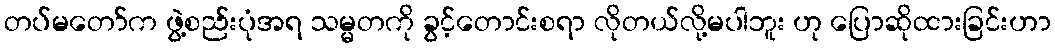
တပ်မတော်က ဖွဲ့စည်းပုံအရ သမ္မတကို ခွင့်တောင်းစရာ လိုတယ်လို့မပါဘူး ဟု ပြောဆိုထားခြင်းဟာ